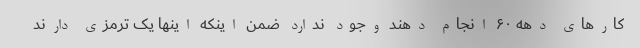
کارهای دهه ۶۰ انجام دهند وجود ندارد ضمن اینکه اینها یک ترمزی دارند